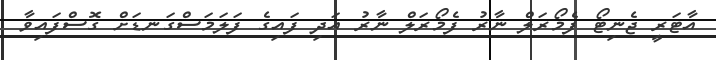
އާޓަރީ ޖެނިޓޯ ފެމޯރަލް ނާރު ފެމޯރަލް ނާރު އަދި ފައިގެ ފަލަމަސްގަނޑަށް ގޮސްފައިވާ